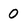
Character: O